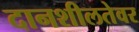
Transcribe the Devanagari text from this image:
दानशीलतेवर